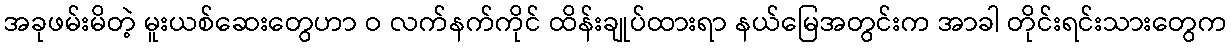
အခုဖမ်းမိတဲ့ မူးယစ်ဆေးတွေဟာ ဝ လက်နက်ကိုင် ထိန်းချုပ်ထားရာ နယ်မြေအတွင်းက အာခါ တိုင်းရင်းသားတွေက